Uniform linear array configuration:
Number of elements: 12
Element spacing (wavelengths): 0.25
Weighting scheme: kaiser
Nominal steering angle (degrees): -30
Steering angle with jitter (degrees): -31.375
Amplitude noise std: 0.05
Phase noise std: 0.05

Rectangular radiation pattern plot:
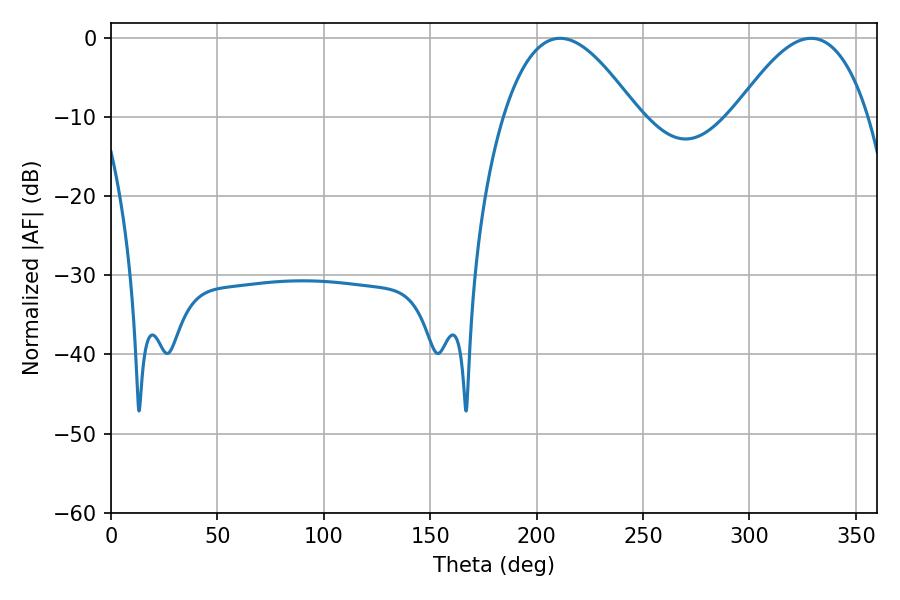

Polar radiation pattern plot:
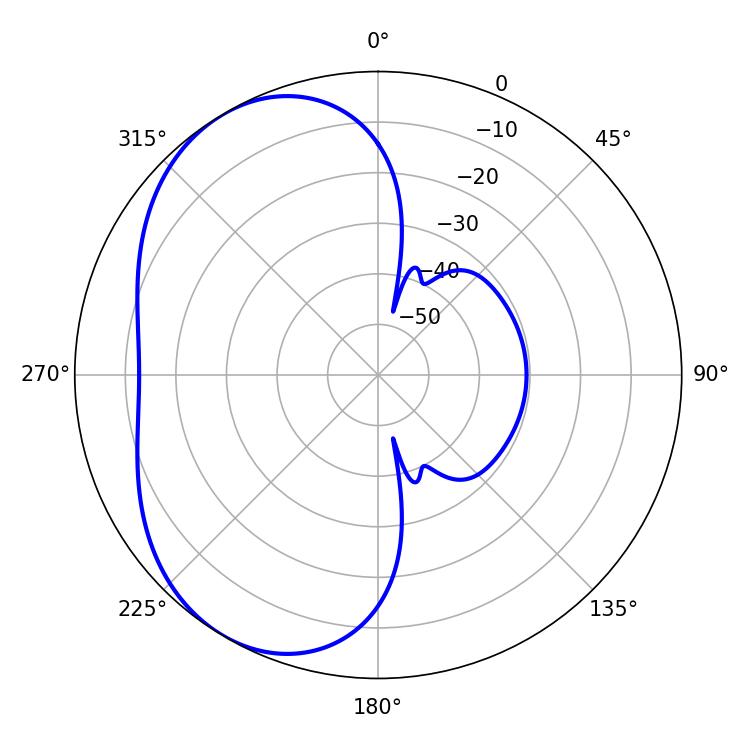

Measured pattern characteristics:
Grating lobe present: FALSE
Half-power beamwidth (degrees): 34.38
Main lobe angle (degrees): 210.96